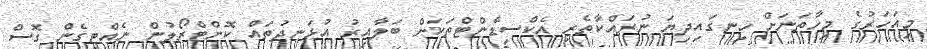
މިއަހަރުގެ މިހާތަނަށް ހިނގައިދިޔަ ނުރައްކާތެރި އެކްސިޑެންޓްތަކަށް ބަލާއިރު އުޅަނދުތައް ކޮންޓްރޯލުން ނެއްޓިގެން ގޮސް